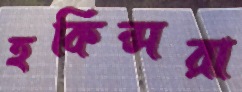
হকিন্সরা